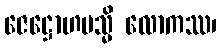
ဇေဋ္ဌောဟမသ္မိ လောကဿ၊